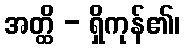
အတ္ထိ - ရှိကုန်၏၊